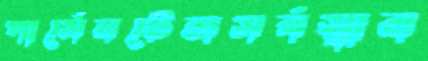
পার্সেনটেজসর্বস্বান